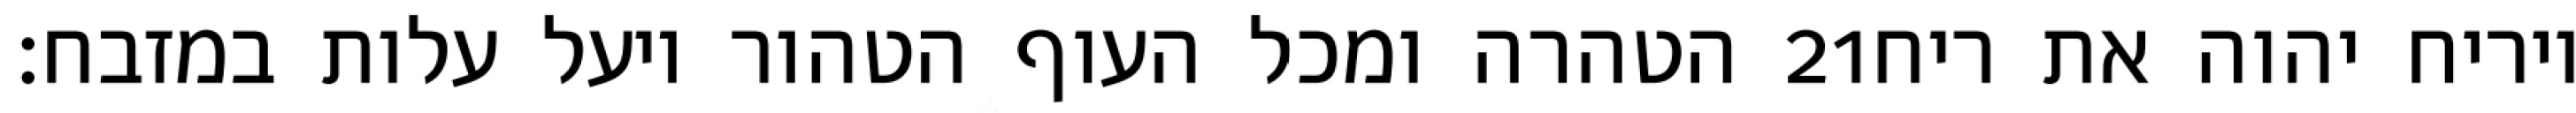
הטהרה ומכל העוף הטהור ויעל עלות במזבח׃ ‎21‏ ויריח יהוה את ריח